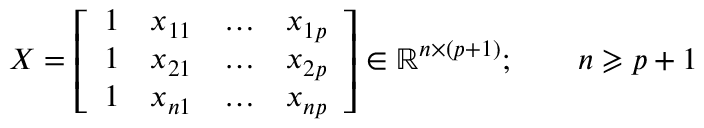
X = { \left[ \begin{array} { l l l l } { 1 } & { x _ { 1 1 } } & { \dots } & { x _ { 1 p } } \\ { 1 } & { x _ { 2 1 } } & { \dots } & { x _ { 2 p } } \\ { 1 } & { x _ { n 1 } } & { \dots } & { x _ { n p } } \end{array} \right] } \in \mathbb { R } ^ { n \times ( p + 1 ) } ; \qquad n \geqslant p + 1